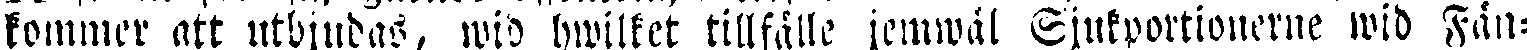
kommer att utbjudas, wid hwilket tillfälle jemväl Sjukportionerne wid Fän-